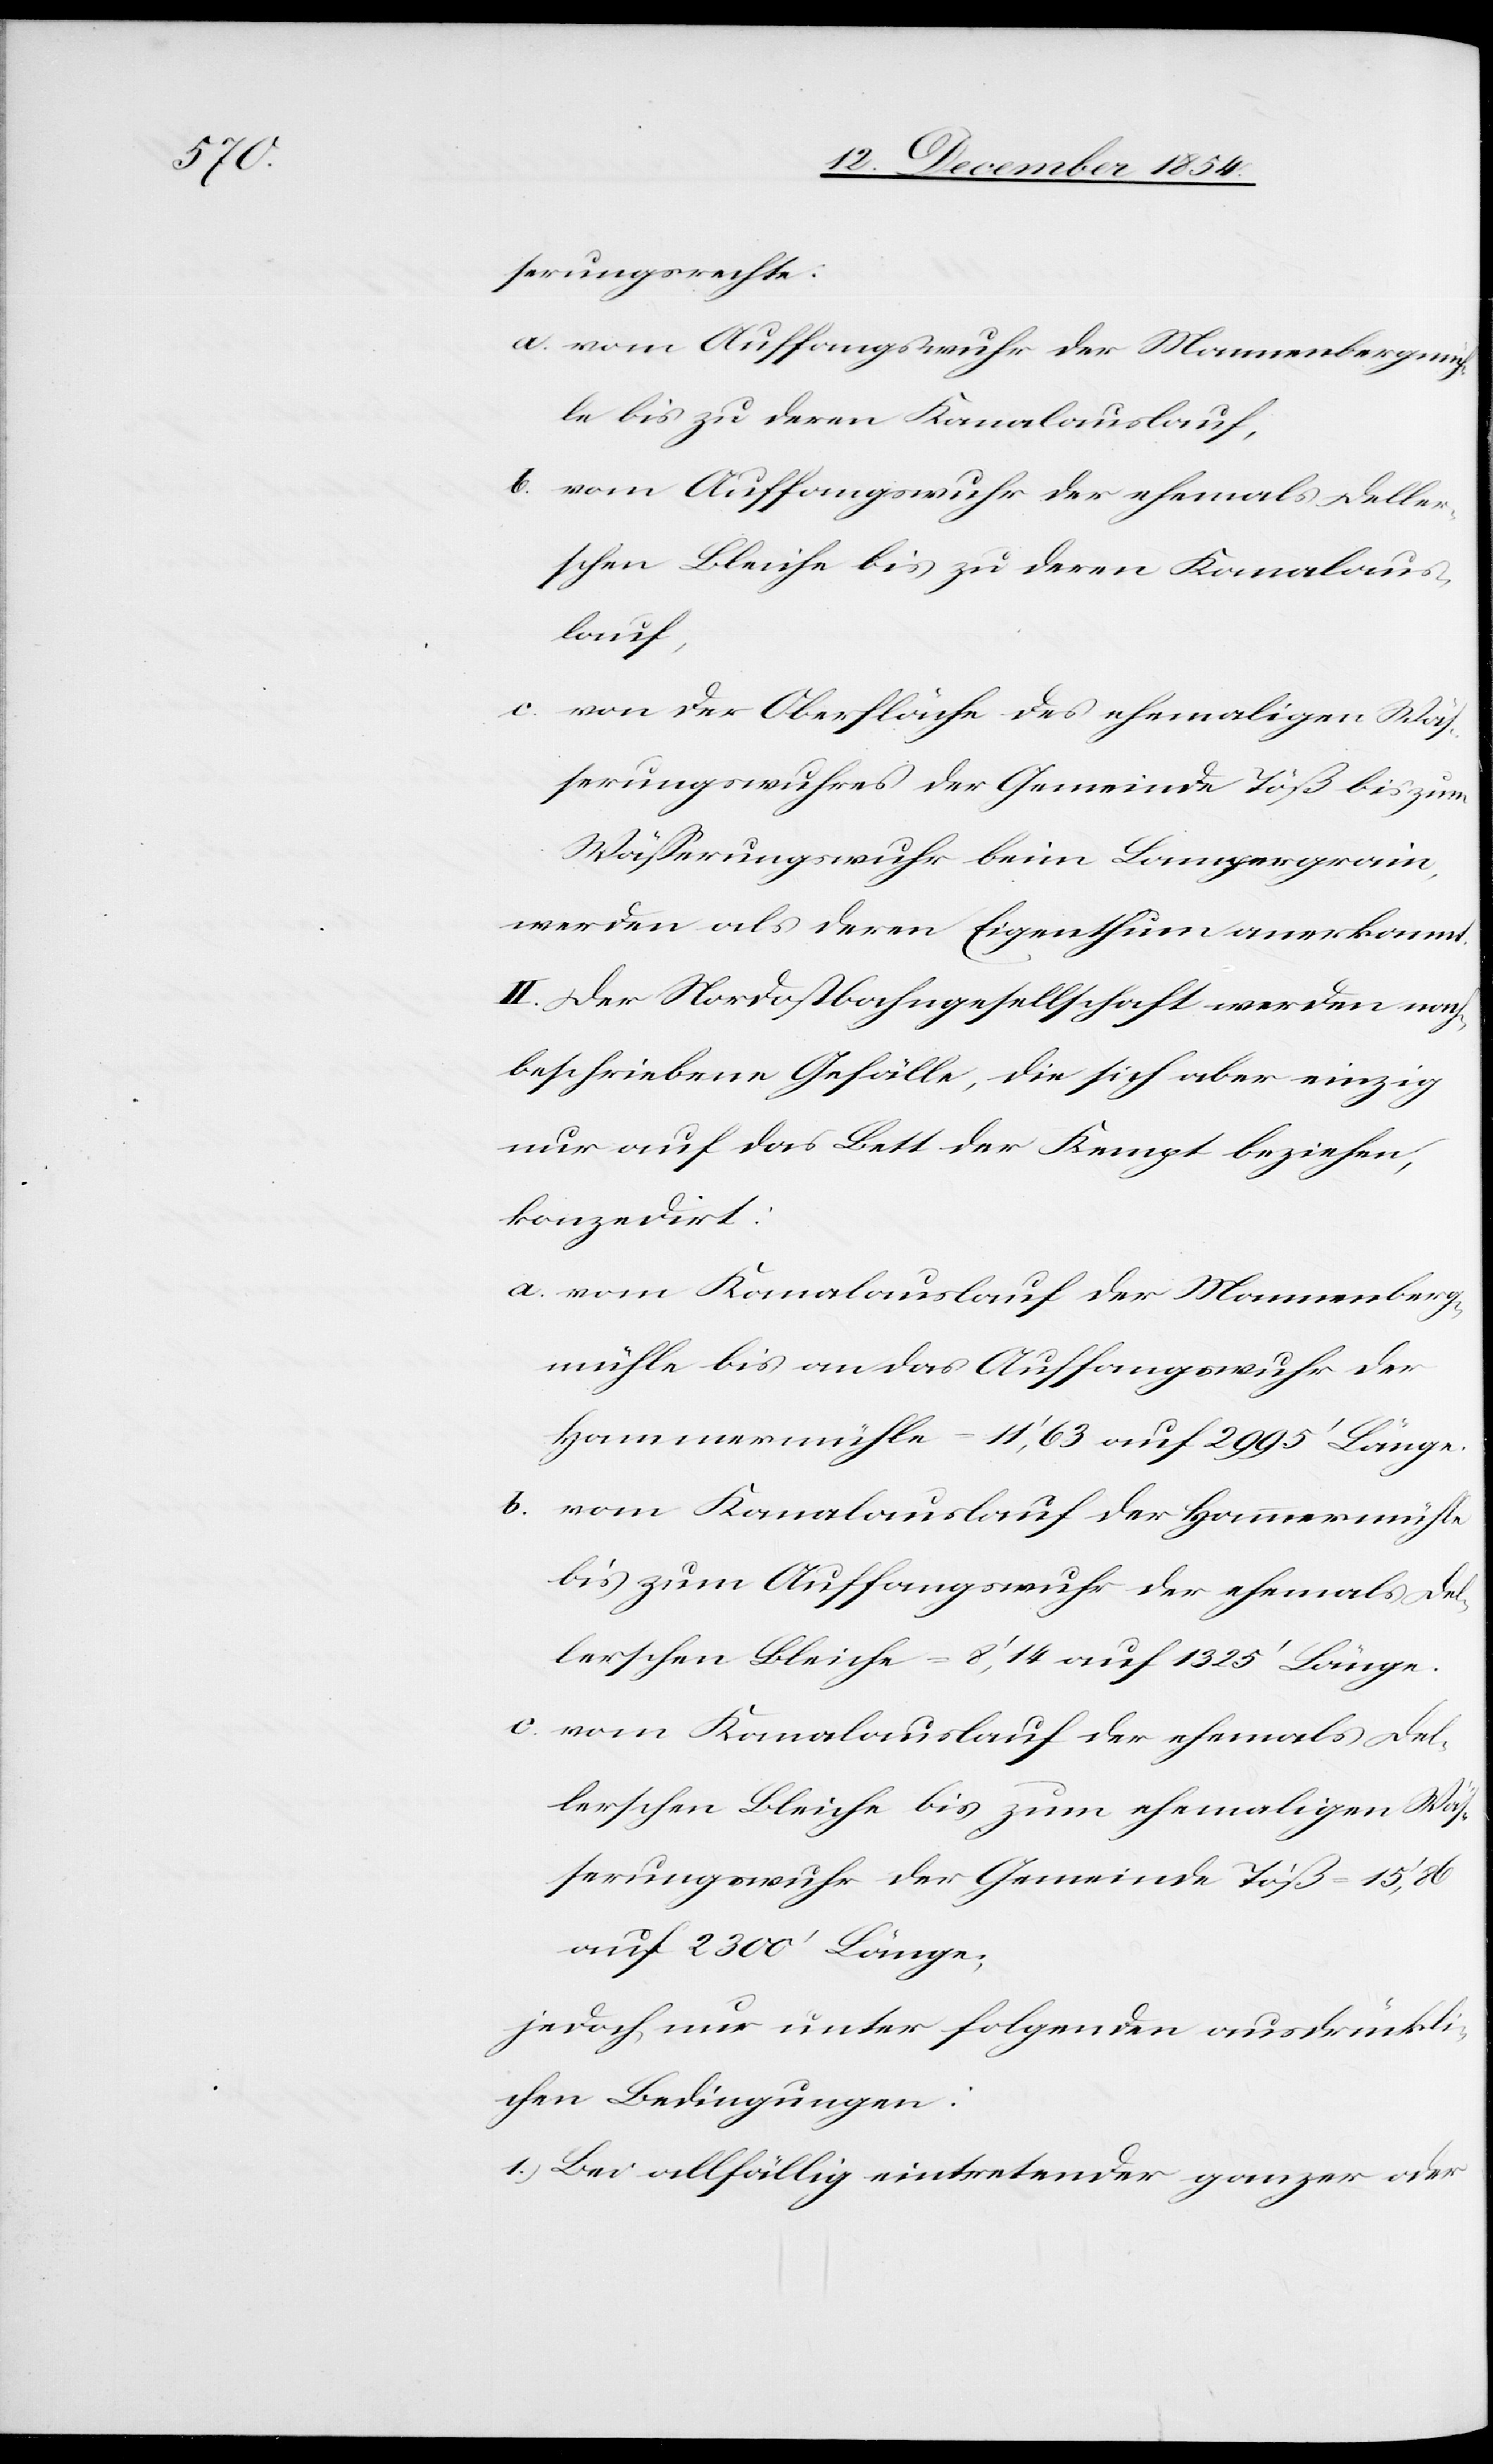
serungsrechte:
a. vom Auffangswuhr der Mannenbergmüh¬
le bis zu deren Kanalauslauf,
b. vom Auffangswuhr der ehemals Deller¬
schen Bleiche bis zu deren Kanalaus¬
lauf,
c. von der Oberfläche des ehemaligen Wäß¬
erungswuhres der Gemeinde Töß bis zum
Wäßerungswuhr beim Lampergrain,
werden als deren Eigenthum anerkannt.
II. Der Nordostbahngesellschaft werden nach¬
beschriebene Gefälle, die sich aber einzig
nur auf das Bett der Kempt beziehen,
konzedirt:
a. vom Kanalauslauf der Mannenberg¬
mühle bis an das Auffangswuhr der
Hammermühle = 11‘, 63 auf 2995‘ Länge.
b. vom Kanalauslauf der Hammermühle
bis zum Auffangswuhr der ehemals Del¬
lerschen Bleiche = 8‘, 14 auf 1325‘ Länge.
c. vom Kanalauslauf der ehemals Del¬
lerschen Bleiche bis zum ehemaligen Wäß¬
erungswuhr der Gemeinde Töß = 15‘, 86
auf 2300‘ Länge;
jedoch nur unter folgenden ausdrückli¬
chen Bedingungen:
1.) Bei allfällig eintretender ganzer oder